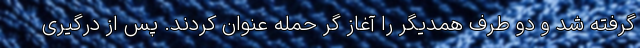
گرفته شد و دو طرف همدیگر را آغاز گر حمله عنوان کردند. پس از درگیری